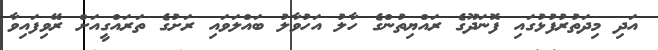
އަދި މިދަތުރުފުޅުގައި ފޮނަދޫގެ ރައްޔިތުންގެ ހާލު އަހުވާލު ބައްލަވައި ރަށުގެ ތަރައްގީއަށް ރޭވިފައިވާ